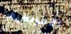
الأمريكيون